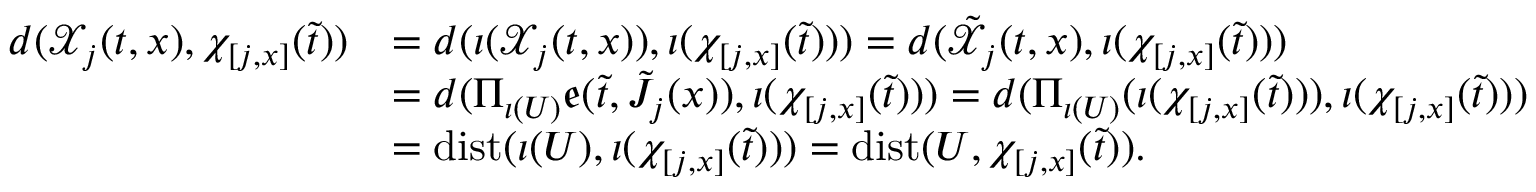
\begin{array} { r l } { d ( \mathcal { X } _ { j } ( t , x ) , \chi _ { [ j , x ] } ( \tilde { t } ) ) } & { = d ( \iota ( \mathcal { X } _ { j } ( t , x ) ) , \iota ( \chi _ { [ j , x ] } ( \tilde { t } ) ) ) = d ( \tilde { \mathcal { X } } _ { j } ( t , x ) , \iota ( \chi _ { [ j , x ] } ( \tilde { t } ) ) ) } \\ & { = d ( \Pi _ { \iota ( U ) } \mathfrak { e } ( \tilde { t } , \tilde { J } _ { j } ( x ) ) , \iota ( \chi _ { [ j , x ] } ( \tilde { t } ) ) ) = d ( \Pi _ { \iota ( U ) } ( \iota ( \chi _ { [ j , x ] } ( \tilde { t } ) ) ) , \iota ( \chi _ { [ j , x ] } ( \tilde { t } ) ) ) } \\ & { = \mathrm { d i s t } ( \iota ( U ) , \iota ( \chi _ { [ j , x ] } ( \tilde { t } ) ) ) = \mathrm { d i s t } ( U , \chi _ { [ j , x ] } ( \tilde { t } ) ) . } \end{array}